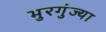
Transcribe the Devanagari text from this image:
भुरगुंज्या